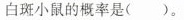
白斑小鼠的概率是()。